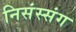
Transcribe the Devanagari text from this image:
निसंस्संग